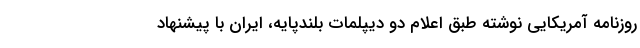
روزنامه آمریکایی نوشته طبق اعلام دو دیپلمات بلندپایه، ایران با پیشنهاد